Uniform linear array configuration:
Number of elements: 16
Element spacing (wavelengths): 0.5
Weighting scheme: exponential
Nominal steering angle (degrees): -60
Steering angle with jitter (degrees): -59.872
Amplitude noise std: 0.05
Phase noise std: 0.05

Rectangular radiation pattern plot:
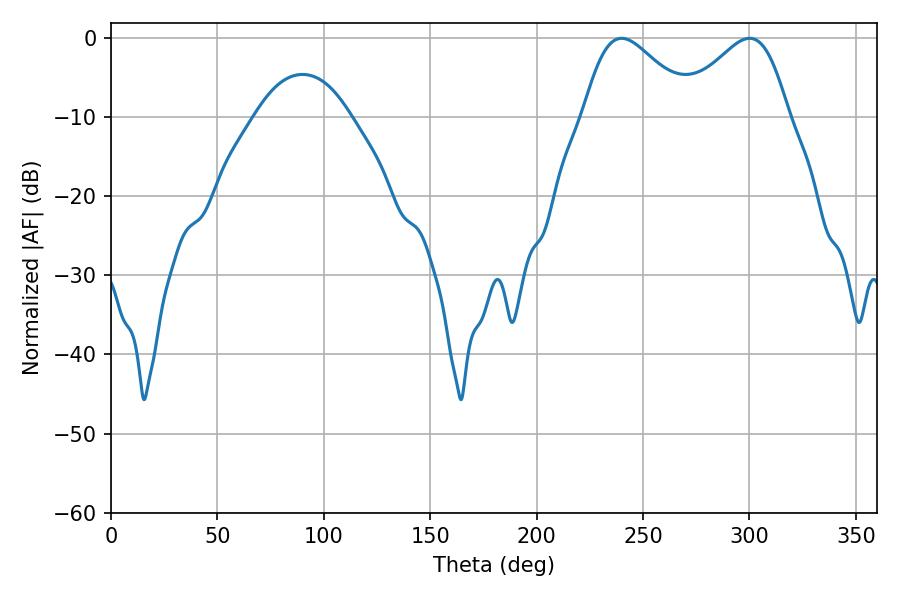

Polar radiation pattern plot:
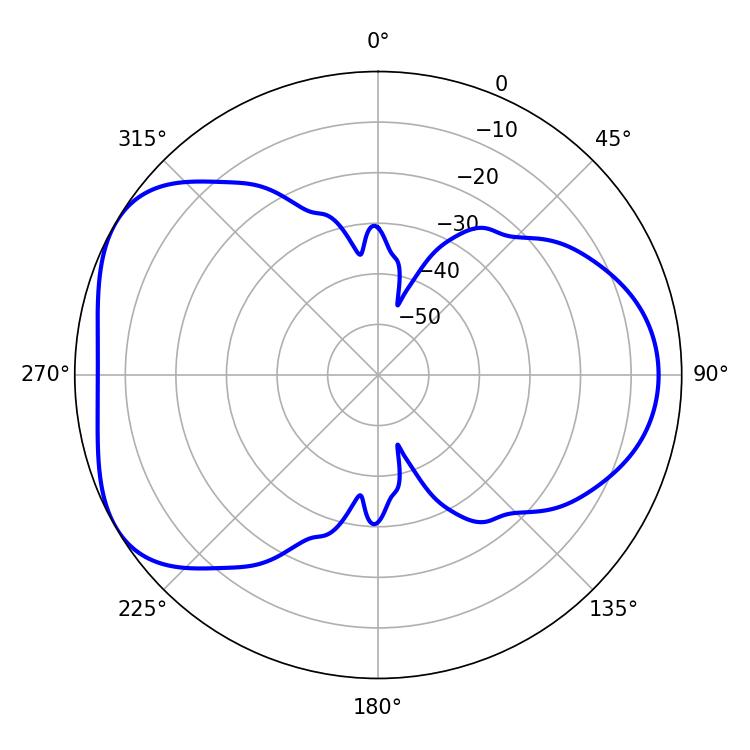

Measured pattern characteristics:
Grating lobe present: FALSE
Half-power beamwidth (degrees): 27.18
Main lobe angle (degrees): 239.94